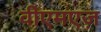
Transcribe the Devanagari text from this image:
वीएमएज़